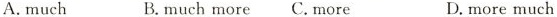
A. much B. muchmore C. more D. more much